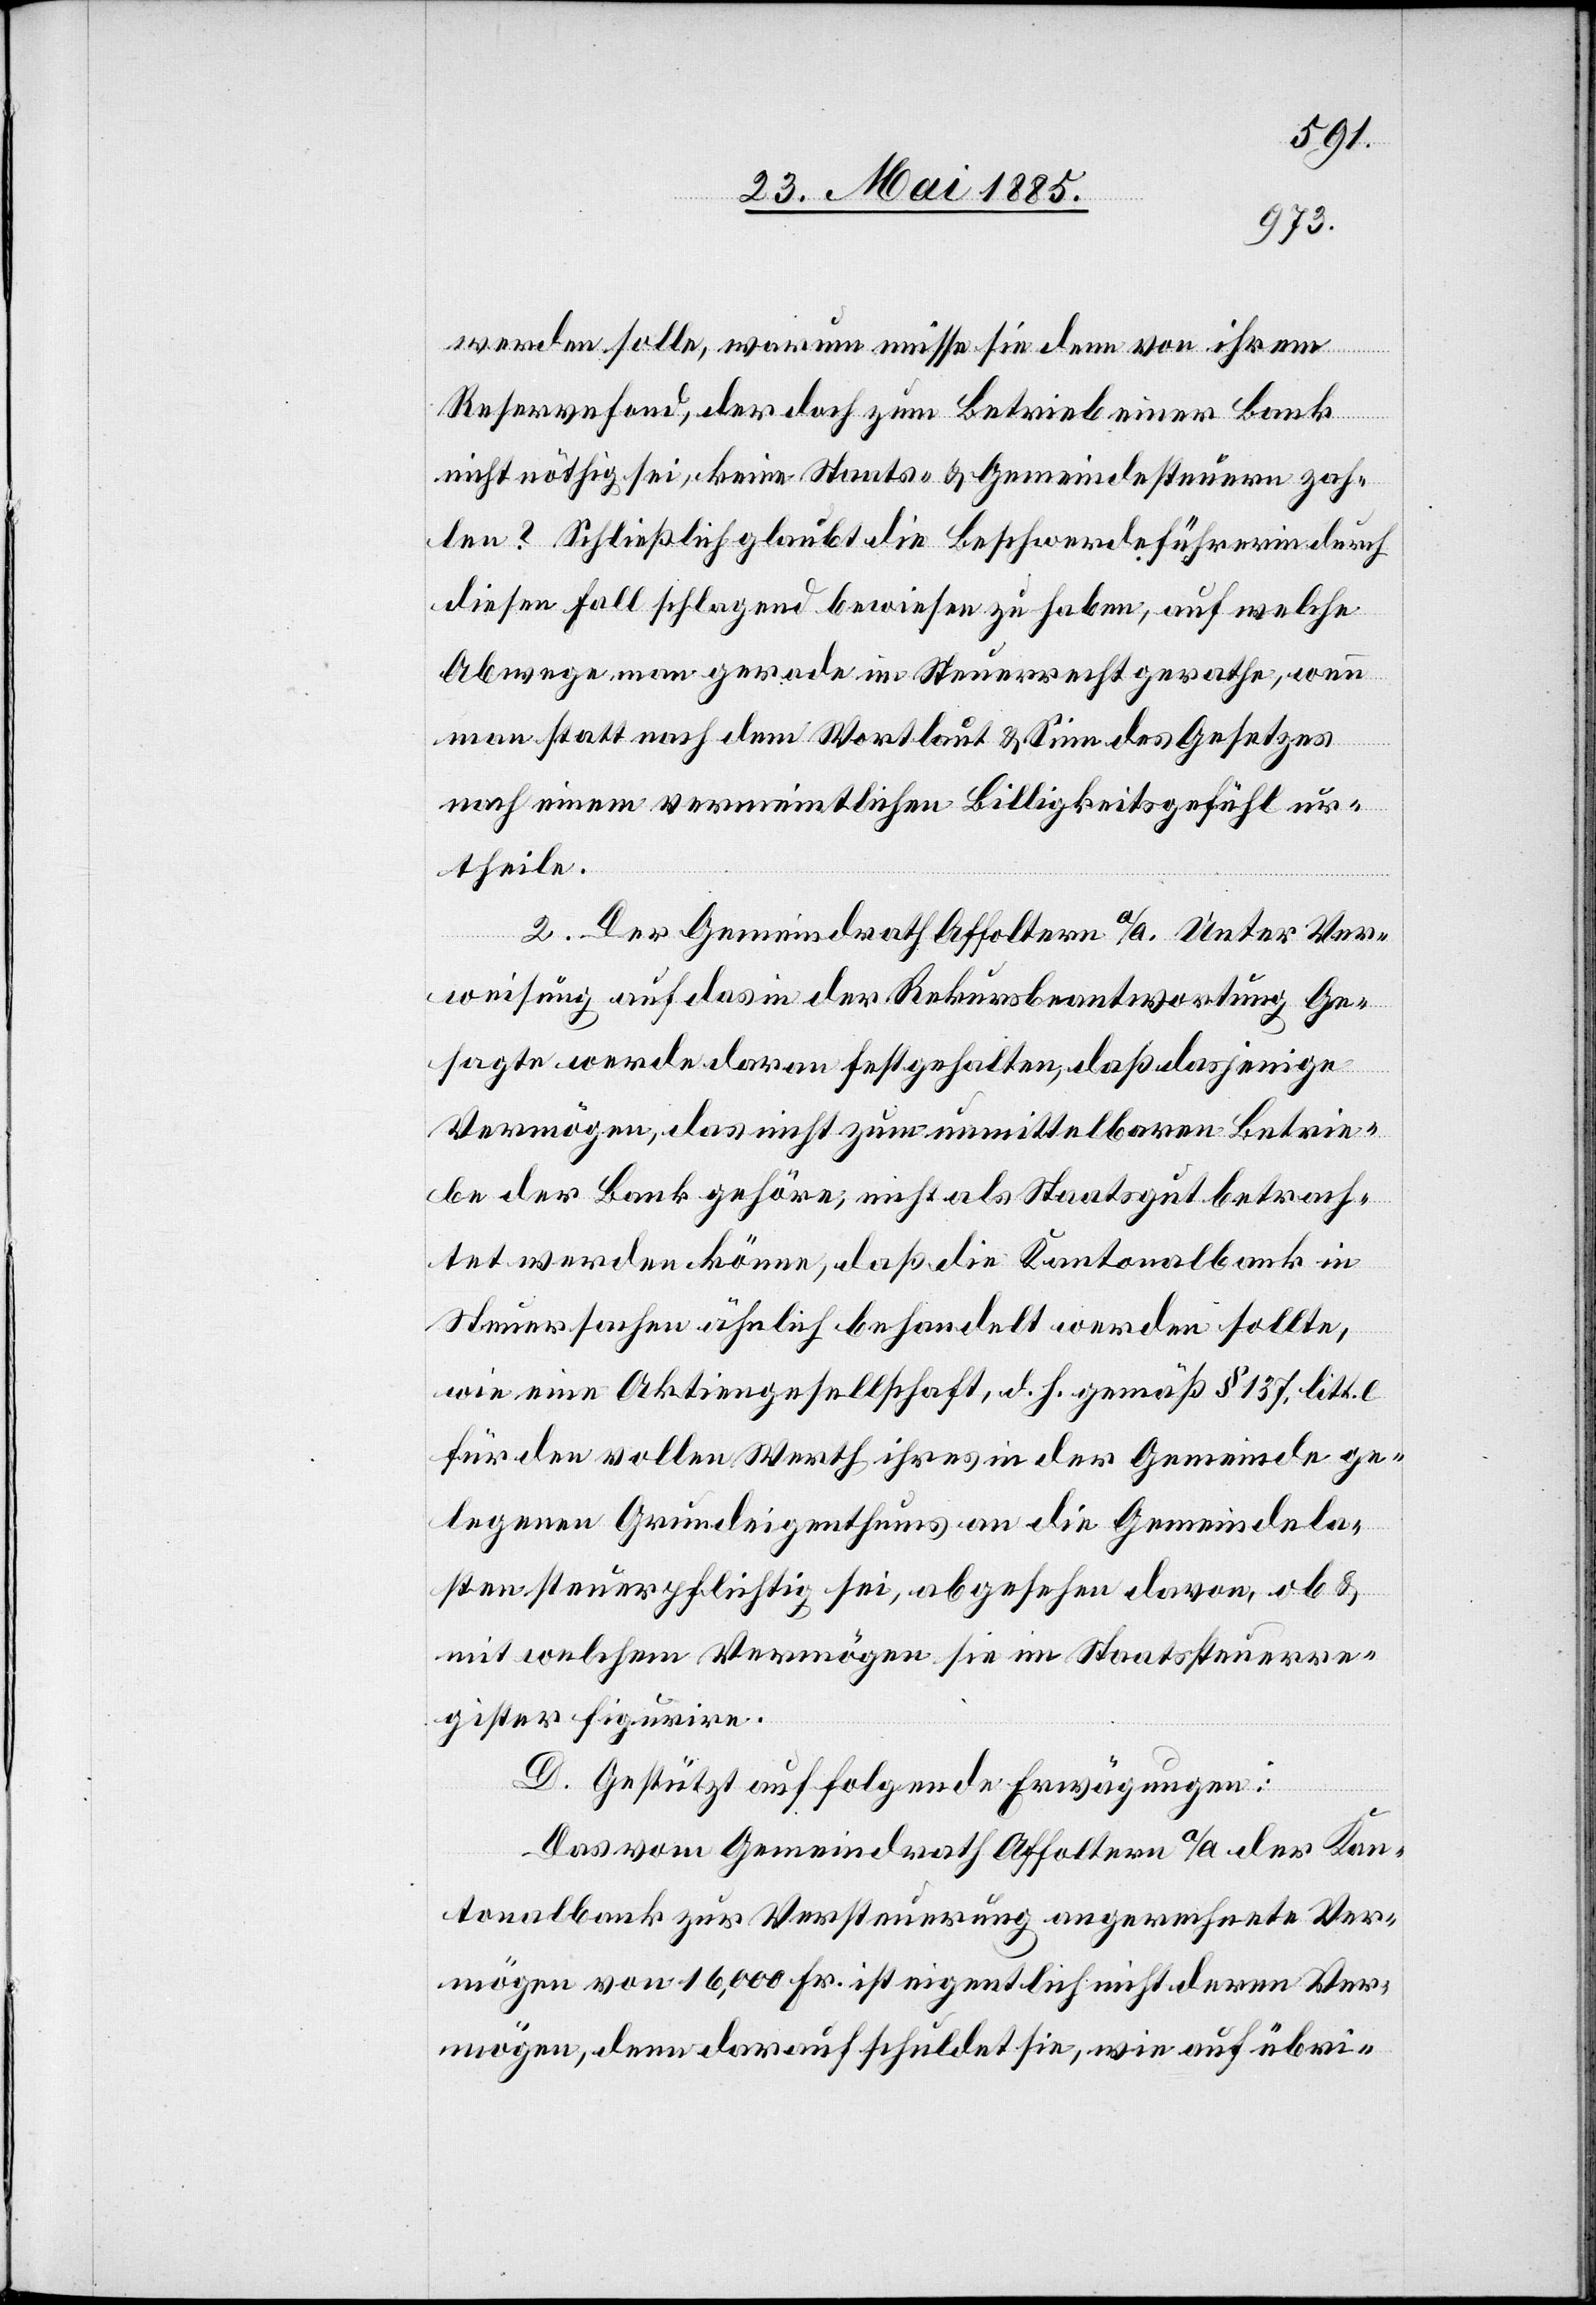
werden solle, warum müsse sie denn von ihrem
Reservefond, der doch zum Betrieb einer Bank
nicht nöthig sei, keine Staats- & Gemeindesteuern zah¬
len? Schließlich glaubt die Beschwerdeführerin durch
diesen Fall schlagend bewiesen zu haben, auf welche
Abwege man gerade im Steuerrecht gerathe, wenn
man statt nach dem Wortlaut & Sinn des Gesetzes
nach einem vermeintlichen Billigkeitsgefühl ur¬
theile.
2. Der Gemeindrath Affoltern a/A. unter Ver¬
weisung auf das in der Rekursbeantwortung Ge¬
sagte werde daran festgehalten, daß dasjenige
Vermögen, das nicht zum unmittelbaren Betrie¬
be der Bank gehöre, nicht als Staatsgut betrach¬
tet werden könne, daß die Kantonalbank in
Steuersachen ähnlich behandelt werden sollte,
wie eine Aktiengesellschaft, d. h. gemäß § 137, litt. e.
für den vollen Werth ihres in der Gemeinde ge¬
legenen Grundeigenthums an die Gemeindela¬
sten steuerpflichtig sei, abgesehen davon, ob &
mit welchem Vermögen sie im Staatssteuerre¬
gister figurire.
D. Gestützt auf folgende Erwägungen:
Das vom Gemeindrath Affoltern a/A der Kan¬
tonalbank zur Versteuerung angerechnete Ver¬
mögen von 16,000 Fr. ist eigentlich nicht deren Ver¬
mögen, denn darauf schuldet sie, wie auf übri-